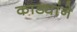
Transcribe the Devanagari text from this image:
काड्यांने